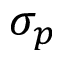
\sigma _ { p }